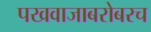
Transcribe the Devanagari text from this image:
पखवाजाबरोबरच